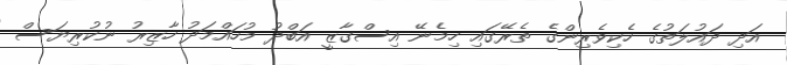
އަދި ދައުލަތުގެ ހެކިވެރިންގެ ތެރޭގައި ހިމެނޭ އިސްގާޒީ އަބްދު މުހައްމަދު ހާޒިރު ނުކުރިޔަސް